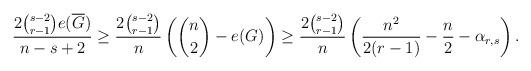
LaTeX: \begin{align*}\frac{ 2 \binom{s- 2}{r- 1} e( \overline{G} ) }{n - s +2}\geq\frac{2 \binom{s-2}{r-1} }{n} \left( \binom{n}{2} - e(G) \right)\geq\frac{2 \binom{s-2}{r-1} }{n} \left( \frac{n^2}{2 (r - 1) } - \frac{n}{2} - \alpha_{r,s} \right).\end{align*}